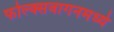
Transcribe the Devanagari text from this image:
फोल्क्सवागनमध्ये